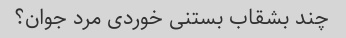
چند بشقاب بستنی خوردی مرد جوان؟